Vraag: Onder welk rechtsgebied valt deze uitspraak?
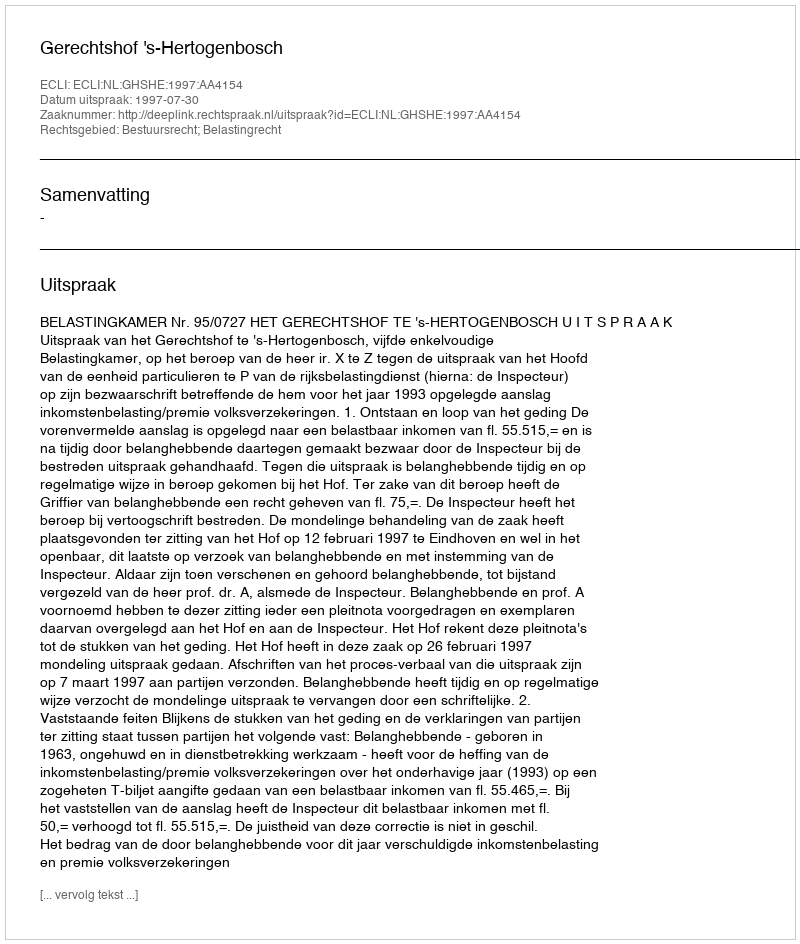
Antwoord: Bestuursrecht; Belastingrecht